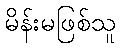
မိန်းမဖြစ်သူ